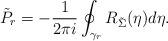
LaTeX: \begin{align*}\tilde P_r = -\frac{1}{2\pi i} \oint_{\gamma_r} R_{\tilde\Sigma}(\eta)d\eta.\end{align*}